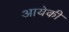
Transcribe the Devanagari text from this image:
आयेकी